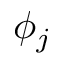
\phi _ { j }